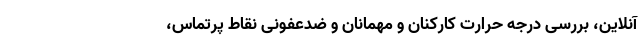
آنلاین، بررسی درجه حرارت کارکنان و مهمانان و ضدعفونی نقاط پرتماس،